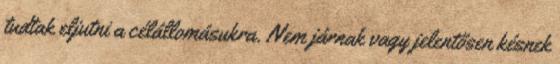
tudtak eljutni a célállomásukra. Nem járnak vagy jelentősen késnek